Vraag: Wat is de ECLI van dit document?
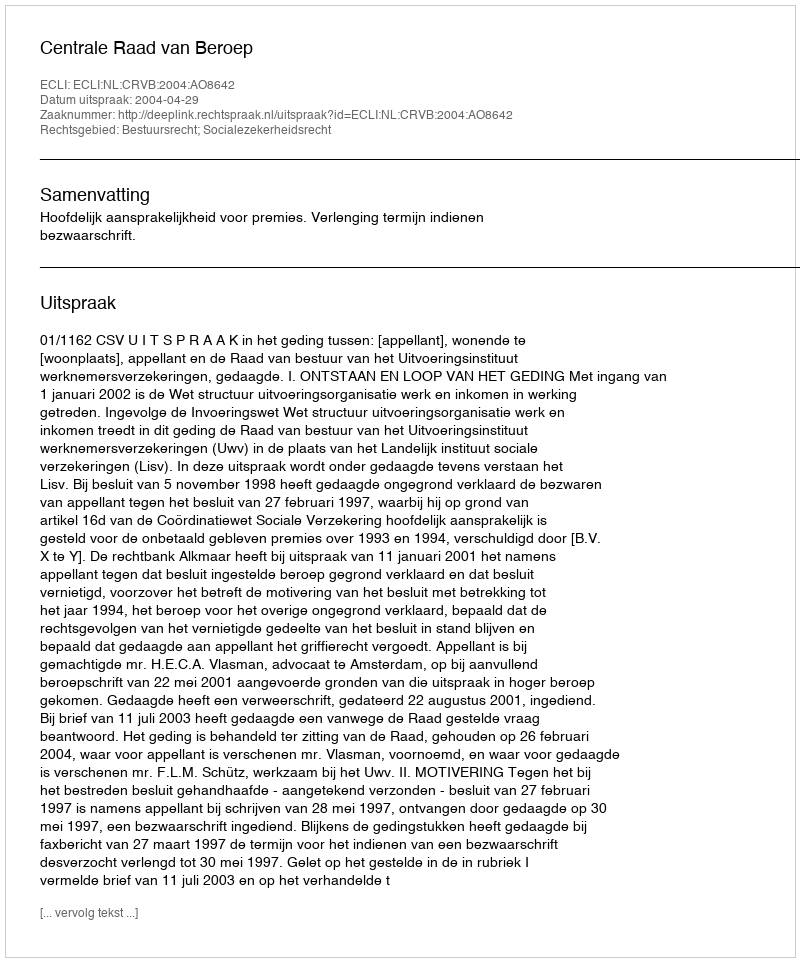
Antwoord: ECLI:NL:CRVB:2004:AO8642